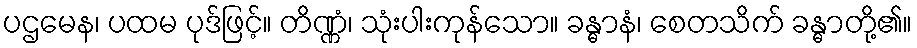
ပဌမေန၊ ပထမ ပုဒ်ဖြင့်။ တိဏ္ဏံ၊ သုံးပါးကုန်သော။ ခန္ဓာနံ၊ စေတသိက် ခန္ဓာတို့၏။